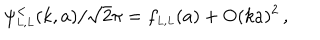
\psi _ { \scriptscriptstyle { L , L } } ^ { < } ( k , a ) / \sqrt 2 \pi = f _ { \scriptscriptstyle { L , L } } ( a ) + \mathrm { O } ( k a ) ^ { 2 } \, ,